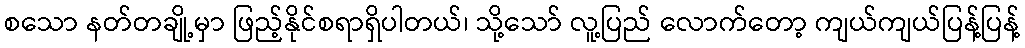
စသော နတ်တချို့မှာ ဖြည့်နိုင်စရာရှိပါတယ်၊ သို့သော် လူ့ပြည် လောက်တော့ ကျယ်ကျယ်ပြန့်ပြန့်